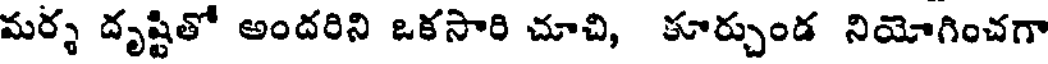
మర్శ దృష్టితో అందరిని ఒకసారి చూచి, కూర్చుండ నియోగించగా